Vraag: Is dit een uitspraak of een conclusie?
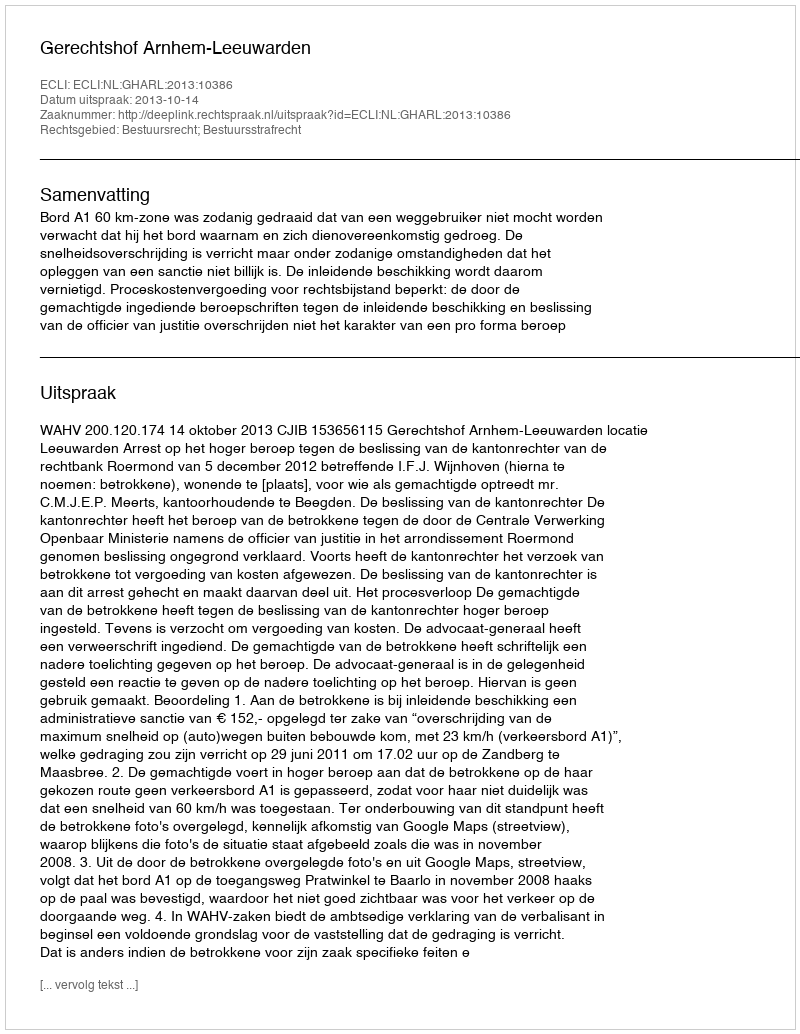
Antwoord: Uitspraak